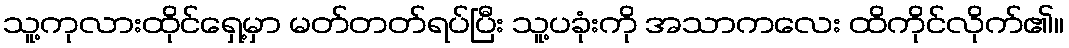
သူ့ကုလားထိုင်ရှေ့မှာ မတ်တတ်ရပ်ပြီး သူ့ပခုံးကို အသာကလေး ထိကိုင်လိုက်၏။